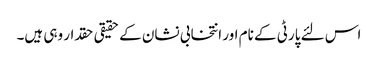
اس لئے پارٹی کے نام اور انتخابی نشان کے حقیقی حقدار وہی ہیں۔